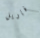
فاريل